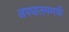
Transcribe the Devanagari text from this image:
अपघातसमयी